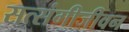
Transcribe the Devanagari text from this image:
सत्संगीजीवन